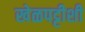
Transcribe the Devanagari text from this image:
खेळपट्टीशी